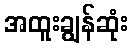
အထူးချွန်ဆုံး